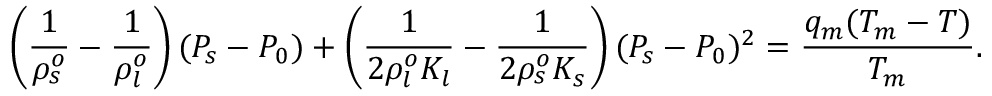
\left( \frac { 1 } { \rho _ { s } ^ { o } } - \frac { 1 } { \rho _ { l } ^ { o } } \right) ( P _ { s } - P _ { 0 } ) + \left( \frac { 1 } { 2 \rho _ { l } ^ { o } K _ { l } } - \frac { 1 } { 2 \rho _ { s } ^ { o } K _ { s } } \right) ( P _ { s } - P _ { 0 } ) ^ { 2 } = \frac { q _ { m } ( T _ { m } - T ) } { T _ { m } } .